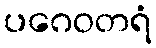
ပဂေဝတရံ